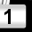
Digit: 1